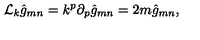
\mathcal { L } _ { k } \hat { g } _ { m n } = k ^ { p } \partial _ { p } \hat { g } _ { m n } = 2 m \hat { g } _ { m n } ,